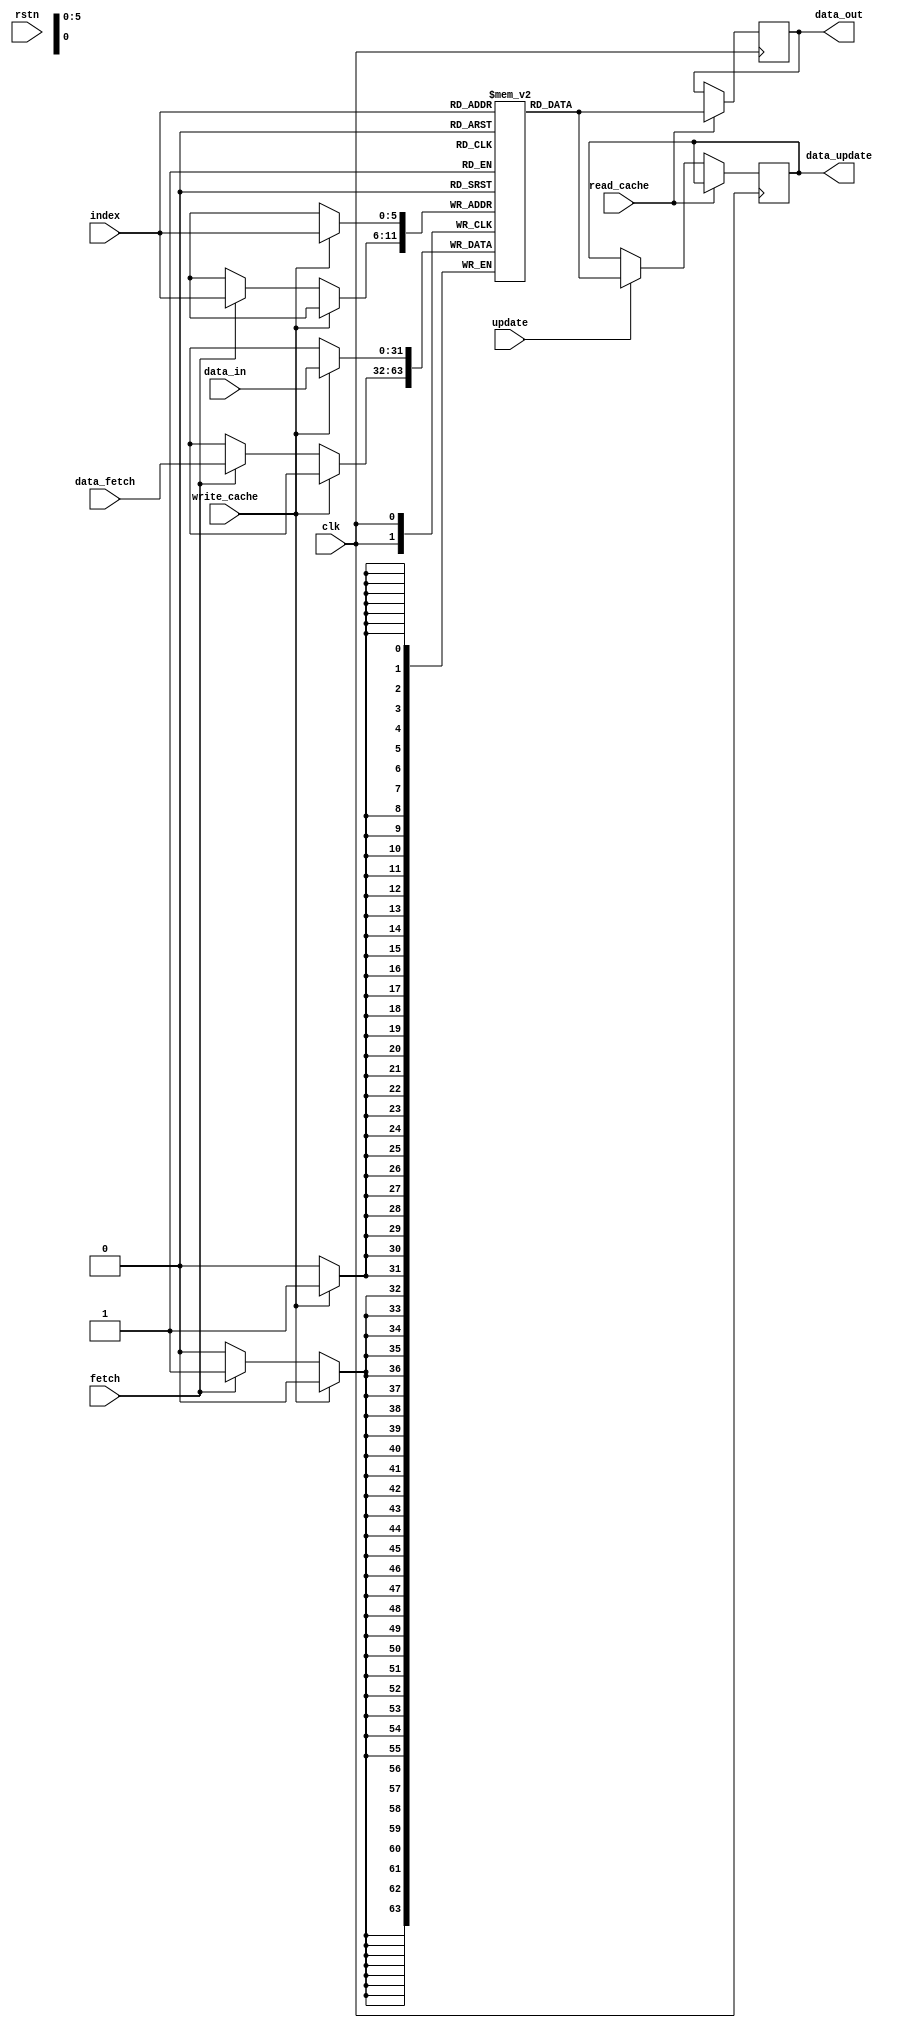
module cache_data_block(
   input wire        clk,
	input wire        rstn,
	input wire        update,
	input wire        fetch,
	input wire        write_cache,
	input wire        read_cache,
	input wire [5:0]  index,
	input wire [31:0] data_in,
	input wire [31:0] data_fetch,
	output reg [31:0] data_update,
	output reg [31:0] data_out
);

   reg [31:0] mem [63:0];
   integer i;
	   initial begin
		data_out <= 'h0;
		data_update <= 'h0;
	   for (i=0;i<64;i=i+1) begin
         mem[i] = 'h0;
	   end
   end
	
	
	
   always@(negedge clk) begin
/*
      if(!rstn) begin
         data_out <= 'h0;
			data_update <= 'h0;
		end
		else begin
*/			
	   if(write_cache) begin
			mem[index] <= data_in;
		end			
      else begin
		   if(fetch) begin
			   mem[index] <= data_fetch;
		   end
		end
		if(read_cache) begin
		   data_out <= mem[index];
		end			
		else begin
			if(update) begin
			   data_update <= mem[index];
			end
		end
	//end
	end

	
endmodule